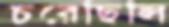
চরেছিলি